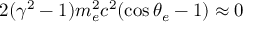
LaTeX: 2 ( \gamma ^ { 2 } - 1 ) m _ { e } ^ { 2 } c ^ { 2 } ( \cos \theta _ { e } - 1 ) \approx 0